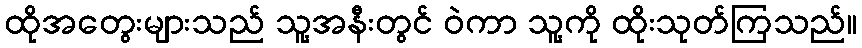
ထိုအတွေးများသည် သူ့အနီးတွင် ဝဲကာ သူ့ကို ထိုးသုတ်ကြသည်။